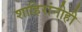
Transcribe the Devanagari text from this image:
शाहिरांनीही